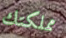
مملكتك